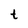
Character: t